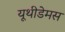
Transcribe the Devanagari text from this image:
यूथीडेमस